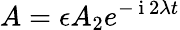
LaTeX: A=\epsilon A_{2}e^{-\mathrm{~i~}2\lambda t}